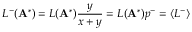
L ^ { - } ( \mathbf { A } ^ { * } ) = L ( \mathbf { A } ^ { * } ) \frac { y } { x + y } = L ( \mathbf { A } ^ { * } ) p ^ { - } = \langle L ^ { - } \rangle